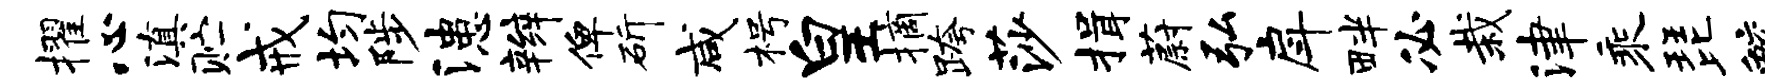
擢心滇贮戒均陟漶辫俾斫咸枵皇摘跨莎揖蔚弘戽畔必栽津乘琵鲛